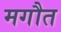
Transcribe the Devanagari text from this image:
मगौत